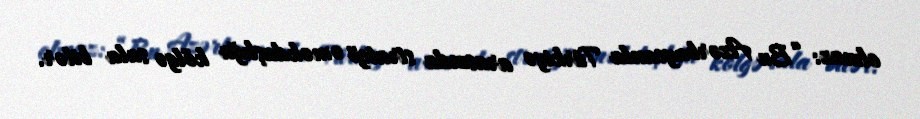
olmaz: “Bu Azərbaycanla Türkiyə arasında strateji əməkdaşlığa kölgə sala bilər.